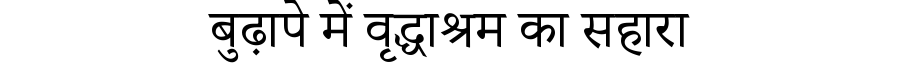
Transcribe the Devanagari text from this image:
बुढ़ापे में वृद्धाश्रम का सहारा